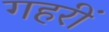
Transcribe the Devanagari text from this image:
गहरीं